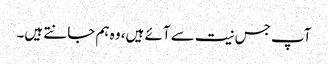
آپ جس نیت سے آئے ہیں، وہ ہم جانتے ہیں۔